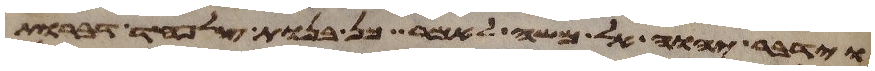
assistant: וידבר יהוה אל משה לאמר כן בנות צלפחד דברות